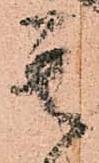
其